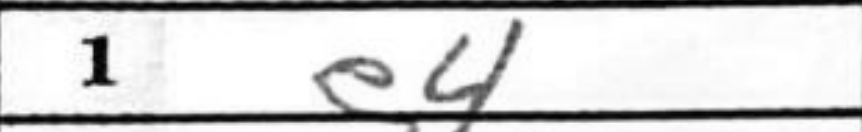
Transcription: e4